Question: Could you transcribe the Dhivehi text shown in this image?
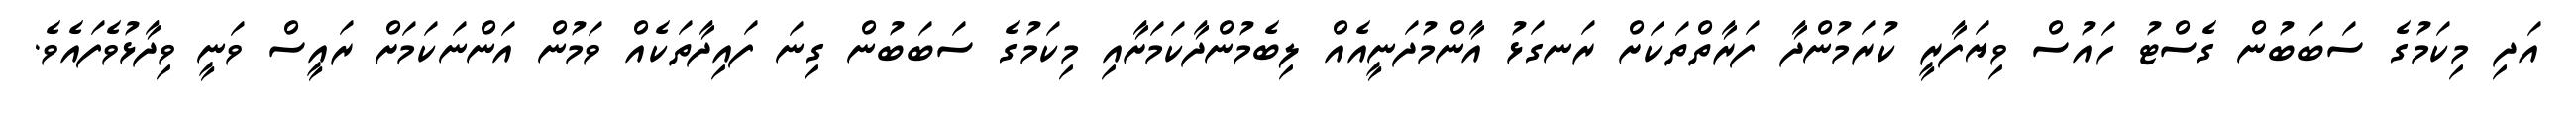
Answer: އަދި މިކަމުގެ ސަބަބުން ގެސްޓު ހައުސް ވިޔަފާރީ ކުރަމުންދާ ފަރާތްތަކަށް ރަނގަޅު އާންމުދަނީއެއް ލިބެމުންދާކަމަށާއި މިކަމުގެ ސަބަބުން ގިނަ ފައިދާތަކެއް ވަމުން އަންނަކަމަށް ރައީސް ވަނީ ވިދާޅުވެފައެވެ.